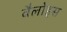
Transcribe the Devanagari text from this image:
वैलोइस